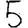
Digit: 5